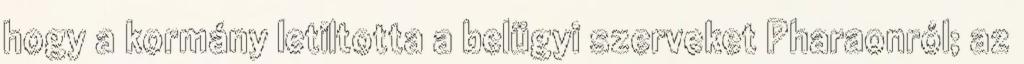
hogy a kormány letiltotta a belügyi szerveket Pharaonról; az